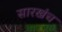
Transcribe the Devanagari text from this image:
सारखंच